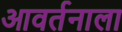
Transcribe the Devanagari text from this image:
आवर्तनाला